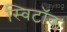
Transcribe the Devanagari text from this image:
स्विटॉक